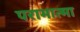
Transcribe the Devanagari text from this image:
परामात्मा